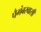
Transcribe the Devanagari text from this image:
पैगंबरवासी